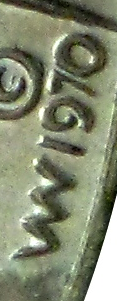
WV 1970